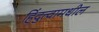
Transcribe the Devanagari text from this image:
हिंदुत्वामधील